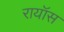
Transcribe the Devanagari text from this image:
रायॉस